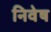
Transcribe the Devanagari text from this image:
निवेष